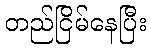
တည်ငြိမ်နေပြီး